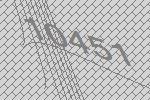
10451